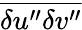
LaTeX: \overline{{{\delta u^{\prime\prime}\delta v^{\prime\prime}}}}